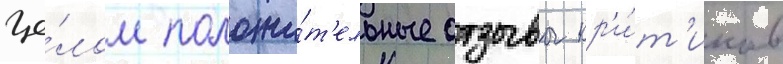
це́лом положи́т'ельные отзывы кр'и́т'иков